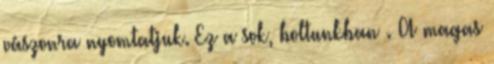
vászonra nyomtatjuk. Ez a sok, boltunkban . A magas